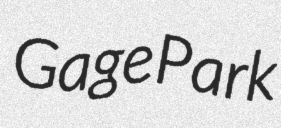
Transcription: Gage Park